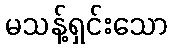
မသန့်ရှင်းသော